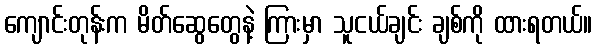
ကျောင်းတုန်းက မိတ်ဆွေတွေနဲ့ ကြားမှာ သူငယ်ချင်း ချစ်ကို ထားရတယ်။